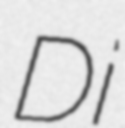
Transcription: Di